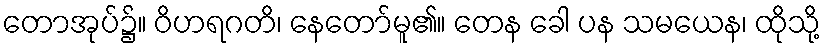
တောအုပ်၌။ ဝိဟရဂတိ၊ နေတော်မူ၏။ တေန ခေါ ပန သမယေန၊ ထိုသို့